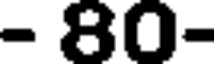
- 80-